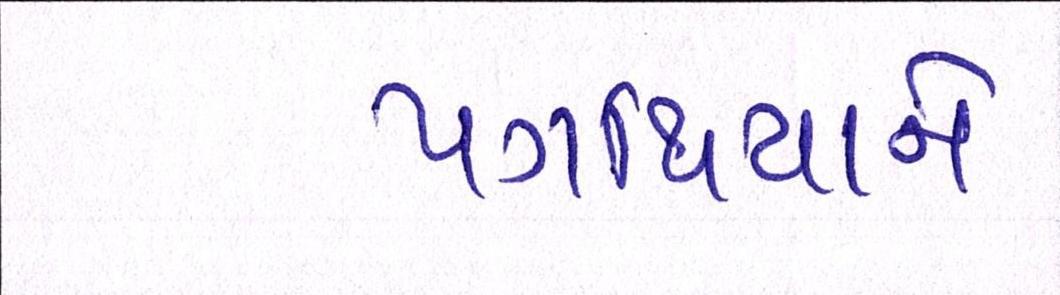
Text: પગથિયાને